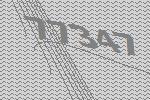
77347